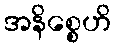
အနိစ္စေဟိ